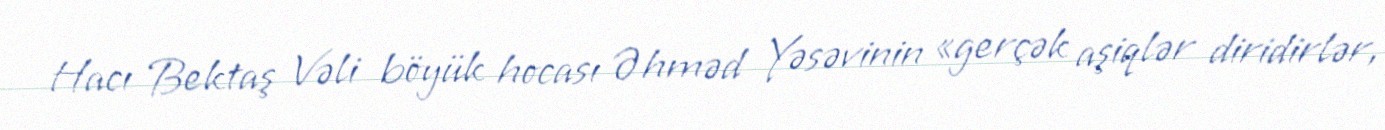
Hacı Bektaş Vəli böyük hocası Əhməd Yəsəvinin «gerçək aşiqlər diridirlər,